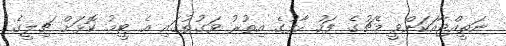
ނަތީއްޖާއަކަށްވީ މެޗުގެ ފަހު ހާފުގެ އިތުރު ވަގުތުގައި އެ ޓީމު ކޮޅަށް ޗިލީގެ